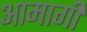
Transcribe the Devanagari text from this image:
आमागी